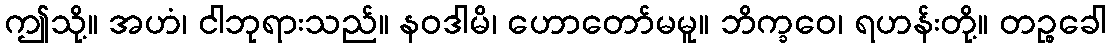
ဤသို့။ အဟံ၊ ငါဘုရားသည်။ နဝဒါမိ၊ ဟောတော်မမူ။ ဘိက္ခဝေ၊ ရဟန်းတို့။ တဉ္စခေါ